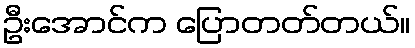
ဦးအောင်က ပြောတတ်တယ်။